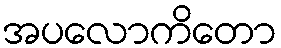
အပလောကိတော